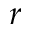
r